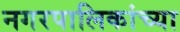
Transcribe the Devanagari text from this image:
नगरपालिकांच्या